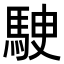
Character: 𩢶